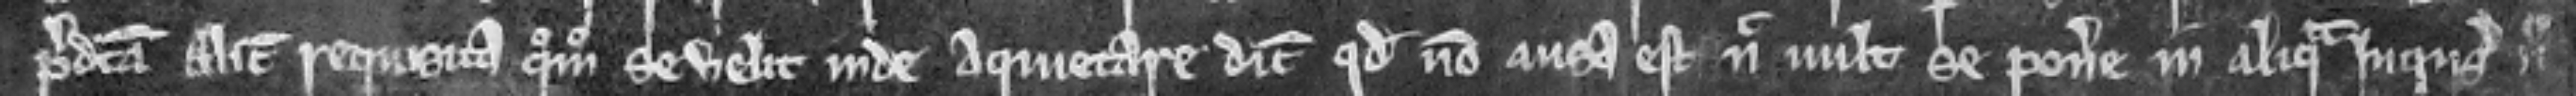
predicta Alicia requisita quomodo se velit inde aquietare dicit quod non ausa est nec vult se ponere in aliquam inquisicionem nec